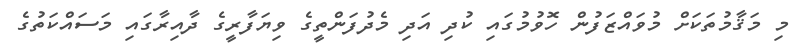
މި މަޤާމުތަކަށް މުވައްޒަފުން ހޮވުމުގައި ކުދި އަދި މެދުފަންތީގެ ވިޔަފާރީގެ ދާއިރާގައި މަސައްކަތުގެ